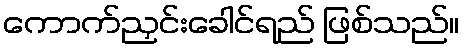
ကောက်ညှင်းခေါင်ရည် ဖြစ်သည်။